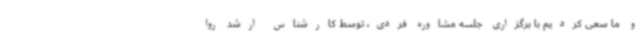
و ما سعی کردیم با برگزاری جلسه مشاوره فردی، توسط کارشناس ارشد روا